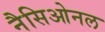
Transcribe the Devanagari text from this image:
नैसिओनल